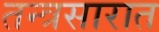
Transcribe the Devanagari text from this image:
तन्त्रसारात